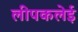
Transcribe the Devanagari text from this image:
लीपकलेई